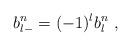
LaTeX: \begin{align*}b^{n}_{l-} = (-1)^{l} b^{n}_{l} \ ,\end{align*}